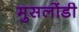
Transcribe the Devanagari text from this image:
मुसलोंडी